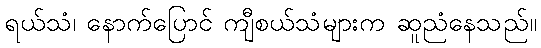
ရယ်သံ၊ နောက်ပြောင် ကျီစယ်သံများက ဆူညံနေသည်။